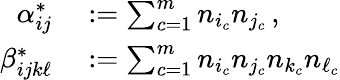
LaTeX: \begin{array}{rl}{\alpha_{ij}^{*}}&{{}:=\sum_{c=1}^{m}n_{i_{c}}n_{j_{c}}\, ,}\\ {\beta_{ijk\ell}^{*}}&{{}:=\sum_{c=1}^{m}n_{i_{c}}n_{j_{c}}n_{k_{c}}n_{\ell_{c}}}\end{array}